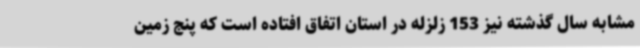
مشابه سال گذشته نیز 153 زلزله در استان اتفاق افتاده است که پنج زمین